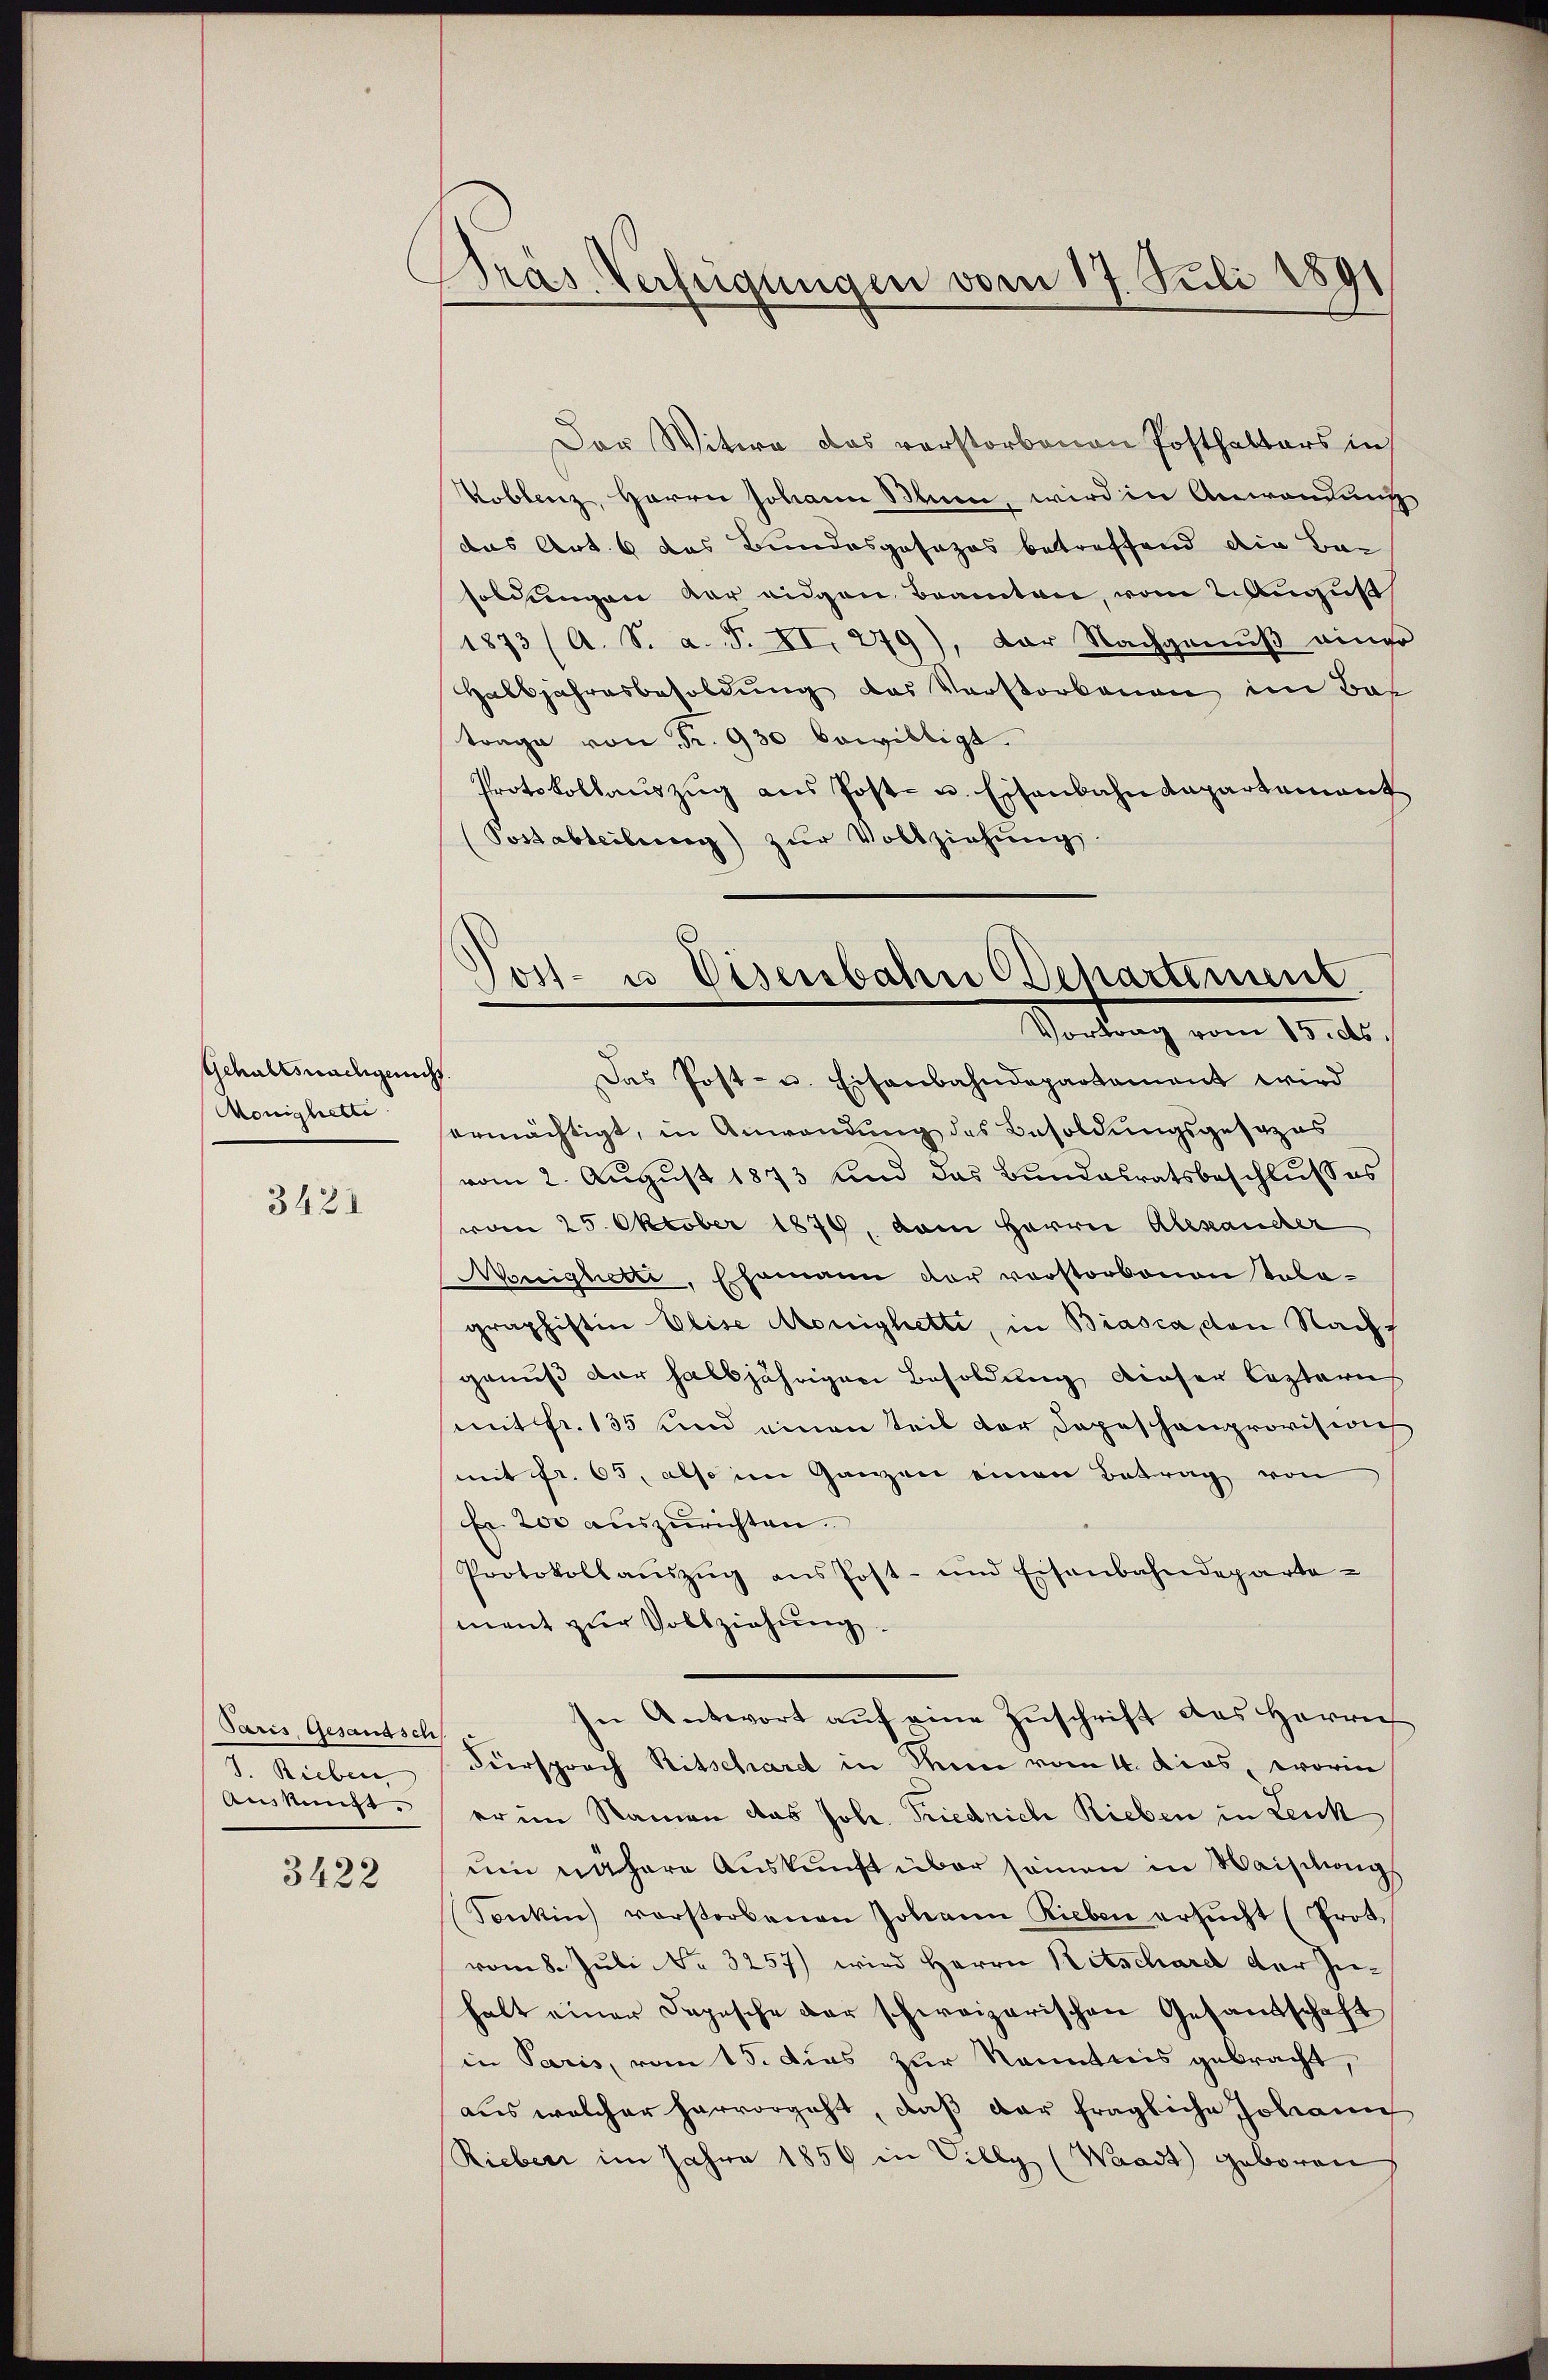
Gschaftswachgeacht.
Monighette

3421

Paris Gesandsch
J. Rieben
Auskunft.

3422

Präs. Verfügungen vom 17. Juli 1891
t

Der Witwe das verstorbenen Posthalters in
Koblenz, Herrn Johann Blum, wird in Anwendung
das Art. 6 das Bundesgesezes betreffend die Ba
soldungen der eigen Beamten, vom 2. August
1873 (A. S. a. F. II. 279), der Nachgenuß anno
Halbjahresbesoldung das Verstorbenen im Ba
trage von Fr. 930 bewilligt.
Protokollauszug aus Post- u. Eisenbahndepartement
(Postabteilung) zŭr Vollziehŭng.
Das Post- u. Eisenbahndepartament wird
ermächtigt, in Anwendung des Besoldungsgesezes
vom 2. August 1873 und das Bundesratsbeschlusses
vom 25. Oktober 1879, dem Herrn Alexander
onighetti, Ehemann dar vorstorbenen tola-
graphistin Elise Monighetti, in Biasca den Nachgenuß der halbjährigen Besoldung dieser lezteres
mit fr. 135 und einen Teil der Depeschanprovisoris
mit fr. 65, also im Ganzen einen Betrag von
Fr. 200 auszurichten.
Protokollaŭszŭg ans Post- und Eisenbahndeparte-
ment zur Vollziehung.
In Antwort aŭf eine Zuschrift des Herrn
Fürsprach Ritschard in Mein vom 4. dies, worin
er im Namen das Joh. Friedrich Rieben in Leuk
um nähere Auskunft über seinen in Waischeng
Sonkin) vorstorbenen Johann Rieben ersŭcht (Prot
vom 8. Juli NNo. 3257) wird Herrn Ritschard der Inhalt einer Depesche der schweizerischen Gesandschaft
in Paris, vom 15. Dies zur Kenntnis gebracht,
aus welcher hervorgeht, daß der fragliche Johann
Rieber im Jahre 1859 in Villy (Waadt geboren

Post- u Visenbahn Departement
Vortrag vom 15. ds